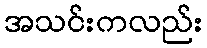
အသင်းကလည်း